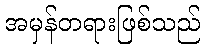
အမှန်တရားဖြစ်သည်